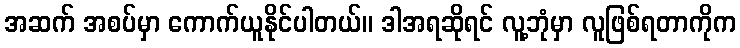
အဆက် အစပ်မှာ ကောက်ယူနိုင်ပါတယ်။ ဒါအရဆိုရင် လူ့ဘုံမှာ လူဖြစ်ရတာကိုက